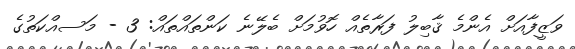
ވަޒީފާއަށް އެންމެ ޤާބިލު ފަރާތެއް ހޮވުމަށް ބެލޭނެ ކަންތައްތައް: 3 - މަސއްކަތުގެ